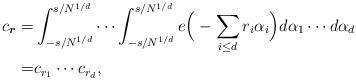
LaTeX: \begin{align*}c_{\boldsymbol{r}}=&\displaystyle\int_{-s/N^{1/d}}^{s/N^{1/d}}\cdots\int_{-s/N^{1/d}}^{s/N^{1/d}}e{\Big(-\sum_{i\leq d}r_i\alpha_i\Big)}d\alpha_1\cdots d\alpha_d\\=& c_{r_1}\cdots c_{r_d},\end{align*}